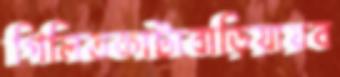
গিলিতকাটাবাড়িয়ায়ব